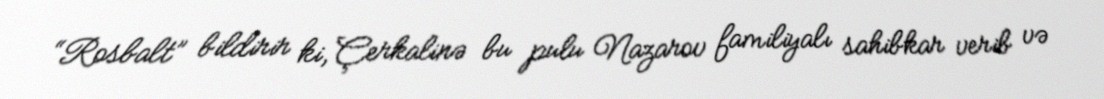
“Rosbalt” bildirir ki, Çerkalinə bu pulu Nazarov familiyalı sahibkar verib və